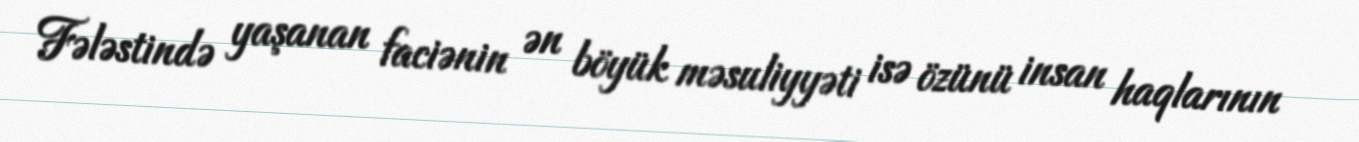
Fələstində yaşanan faciənin ən böyük məsuliyyəti isə özünü insan haqlarının